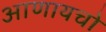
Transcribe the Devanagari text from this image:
आणायचो